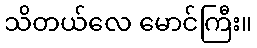
သိတယ်လေ မောင်ကြီး။